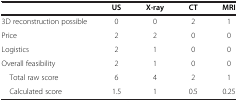
<table><thead><tr><td><b> </b></td><td><b>US</b></td><td><b>X-ray</b></td><td><b>CT</b></td><td><b>MRI</b></td></tr></thead><tbody><tr><td>3D reconstruction possible</td><td>0</td><td>0</td><td>2</td><td>1</td></tr><tr><td>Price</td><td>2</td><td>2</td><td>0</td><td>0</td></tr><tr><td>Logistics</td><td>2</td><td>1</td><td>0</td><td>0</td></tr><tr><td>Overall feasibility</td><td>2</td><td>1</td><td>0</td><td>0</td></tr><tr><td> Total raw score</td><td>6</td><td>4</td><td>2</td><td>1</td></tr><tr><td> Calculated score</td><td>1.5</td><td>1</td><td>0.5</td><td>0.25</td></tr></tbody></table>